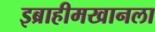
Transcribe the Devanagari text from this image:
इब्राहीमखानला